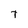
Character: T